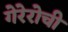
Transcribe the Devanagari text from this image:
गेरेरोची